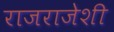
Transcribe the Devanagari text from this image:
राजराजेशी